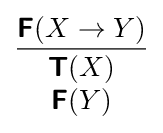
{\frac {{\boldsymbol {\mathsf {F}}}(X\to Y)}{\begin{array}{c}{\boldsymbol {\mathsf {T}}}(X)\\{\boldsymbol {\mathsf {F}}}(Y)\end{array}}}